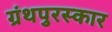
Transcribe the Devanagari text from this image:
ग्रंथपुरस्कार